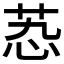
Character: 𬜫